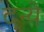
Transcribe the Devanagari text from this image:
दन्ये